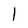
Character: l